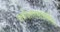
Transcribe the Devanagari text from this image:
धर्मत्राणार्थचेष्टितः।